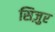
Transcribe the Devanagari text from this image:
सिज़ुर